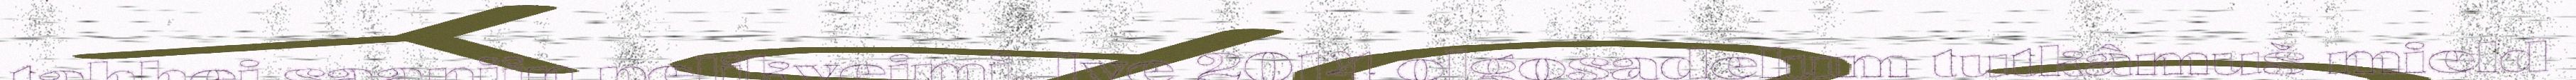
tahhei saanijn pelikyeimi. Ive 2014 olgosadelum tutkâmuš mield